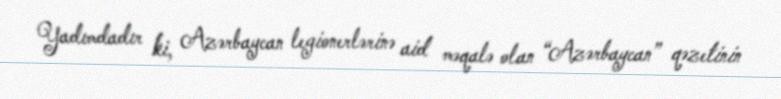
Yadımdadır ki, Azərbaycan legionerlərinə aid məqalə olan “Azərbaycan” qəzetinin